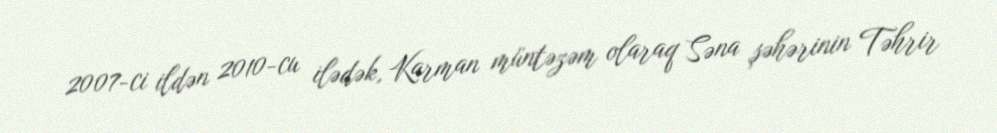
2007-ci ildən 2010-cu ilədək, Karman müntəzəm olaraq Səna şəhərinin Təhrir